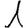
Digit: 1